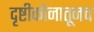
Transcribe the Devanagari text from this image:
दृष्टीकोनातूनच